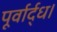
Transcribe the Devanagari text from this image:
पूर्वार्द्ध।